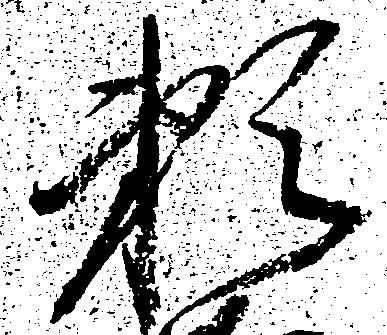
頼